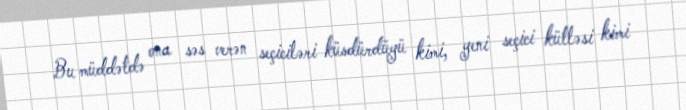
Bu müddətdə ona səs verən seçiciləri küsdürdüyü kimi, yeni seçici kütləsi kimi